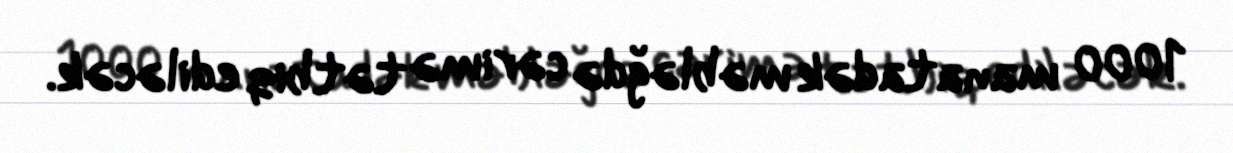
1000 manatadək məbləğdə cərimə tətbiq ediləcək.